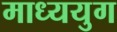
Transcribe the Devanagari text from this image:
माध्ययुग